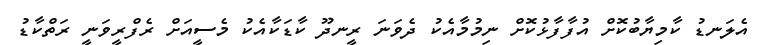
އެލަނޑު ކާމިޔާބުކޮށް އުފާފާޅުކޮށް ނިމުމާއެކު ދެވަނަ ރީނދޫ ކާޑަކާއެކު މެސީއަށް ރެފްރީވަނީ ރަތްކާޑު